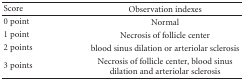
<table><thead><tr><td><b>Score</b></td><td><b>Observation indexes</b></td></tr></thead><tbody><tr><td>0 point</td><td>Normal</td></tr><tr><td>1 point</td><td>Necrosis of follicle center</td></tr><tr><td>2 points</td><td>blood sinus dilation or arteriolar sclerosis</td></tr><tr><td>3 points</td><td>Necrosis of follicle center, blood sinus dilation and arteriolar sclerosis</td></tr></tbody></table>